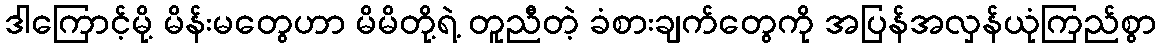
ဒါကြောင့်မို့ မိန်းမတွေဟာ မိမိတို့ရဲ့ တူညီတဲ့ ခံစားချက်တွေကို အပြန်အလှန်ယုံကြည်စွာ